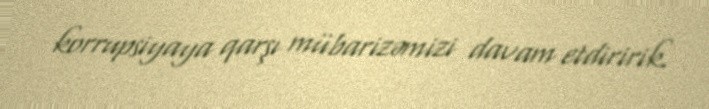
korrupsiyaya qarşı mübarizəmizi davam etdiririk.